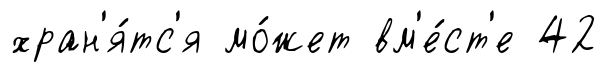
хран'я́тс'я мо́жет вм'е́ст'е 42